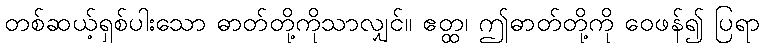
တစ်ဆယ့်ရှစ်ပါးသော ဓာတ်တို့ကိုသာလျှင်။ ဧတ္ထ၊ ဤဓာတ်တို့ကို ဝေဖန်၍ ပြရာ